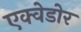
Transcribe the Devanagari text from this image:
एक्वेडोर